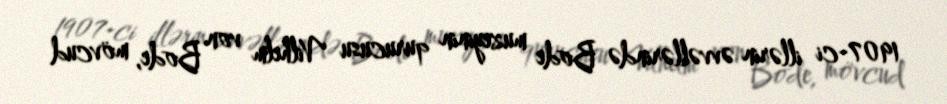
1907-ci illərin əvvəllərində Bode muzeyinin qurucusu Vilhelm von Bode, mövcud